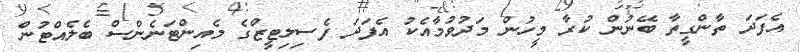
އެފަދަ ތާންގީތާ ބޭނުން ކުރާ މީހުން މަދުވުމާއެކު އެފަދަ ފެސިލިޓީޒްގެ މެއިންޓަނެންސް ބެލެއްޓުން